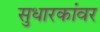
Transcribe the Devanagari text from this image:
सुधारकांवर